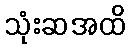
သုံးဆအထိ